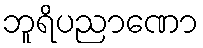
ဘူရိပညာဏော